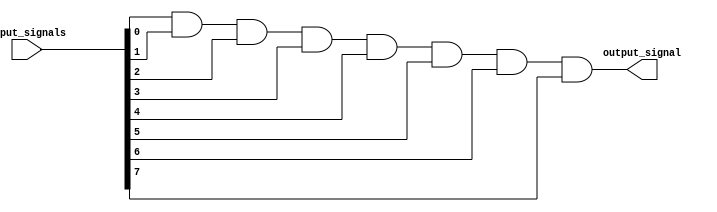
module eight_input_and_gate (
    input [7:0] input_signals,
    output output_signal
);

assign output_signal = input_signals[0] & input_signals[1] & input_signals[2] & input_signals[3] & input_signals[4] & input_signals[5] & input_signals[6] & input_signals[7];

endmodule